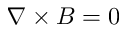
\nabla \times B = 0